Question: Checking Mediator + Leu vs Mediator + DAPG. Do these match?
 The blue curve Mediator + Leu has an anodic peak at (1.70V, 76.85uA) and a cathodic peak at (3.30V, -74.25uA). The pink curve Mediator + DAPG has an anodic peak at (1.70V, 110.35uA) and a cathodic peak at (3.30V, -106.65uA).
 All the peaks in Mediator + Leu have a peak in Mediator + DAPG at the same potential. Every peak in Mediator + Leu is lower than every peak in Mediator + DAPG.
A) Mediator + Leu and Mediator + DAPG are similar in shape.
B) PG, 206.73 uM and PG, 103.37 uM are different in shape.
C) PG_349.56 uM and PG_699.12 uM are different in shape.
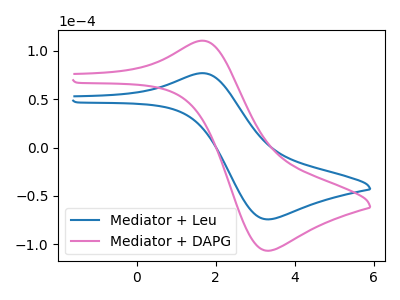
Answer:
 <answer>A) "Mediator + Leu" and "Mediator + DAPG" are similar in shape.</answer>
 <eval>A</eval>